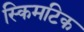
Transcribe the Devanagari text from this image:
स्किमटिक